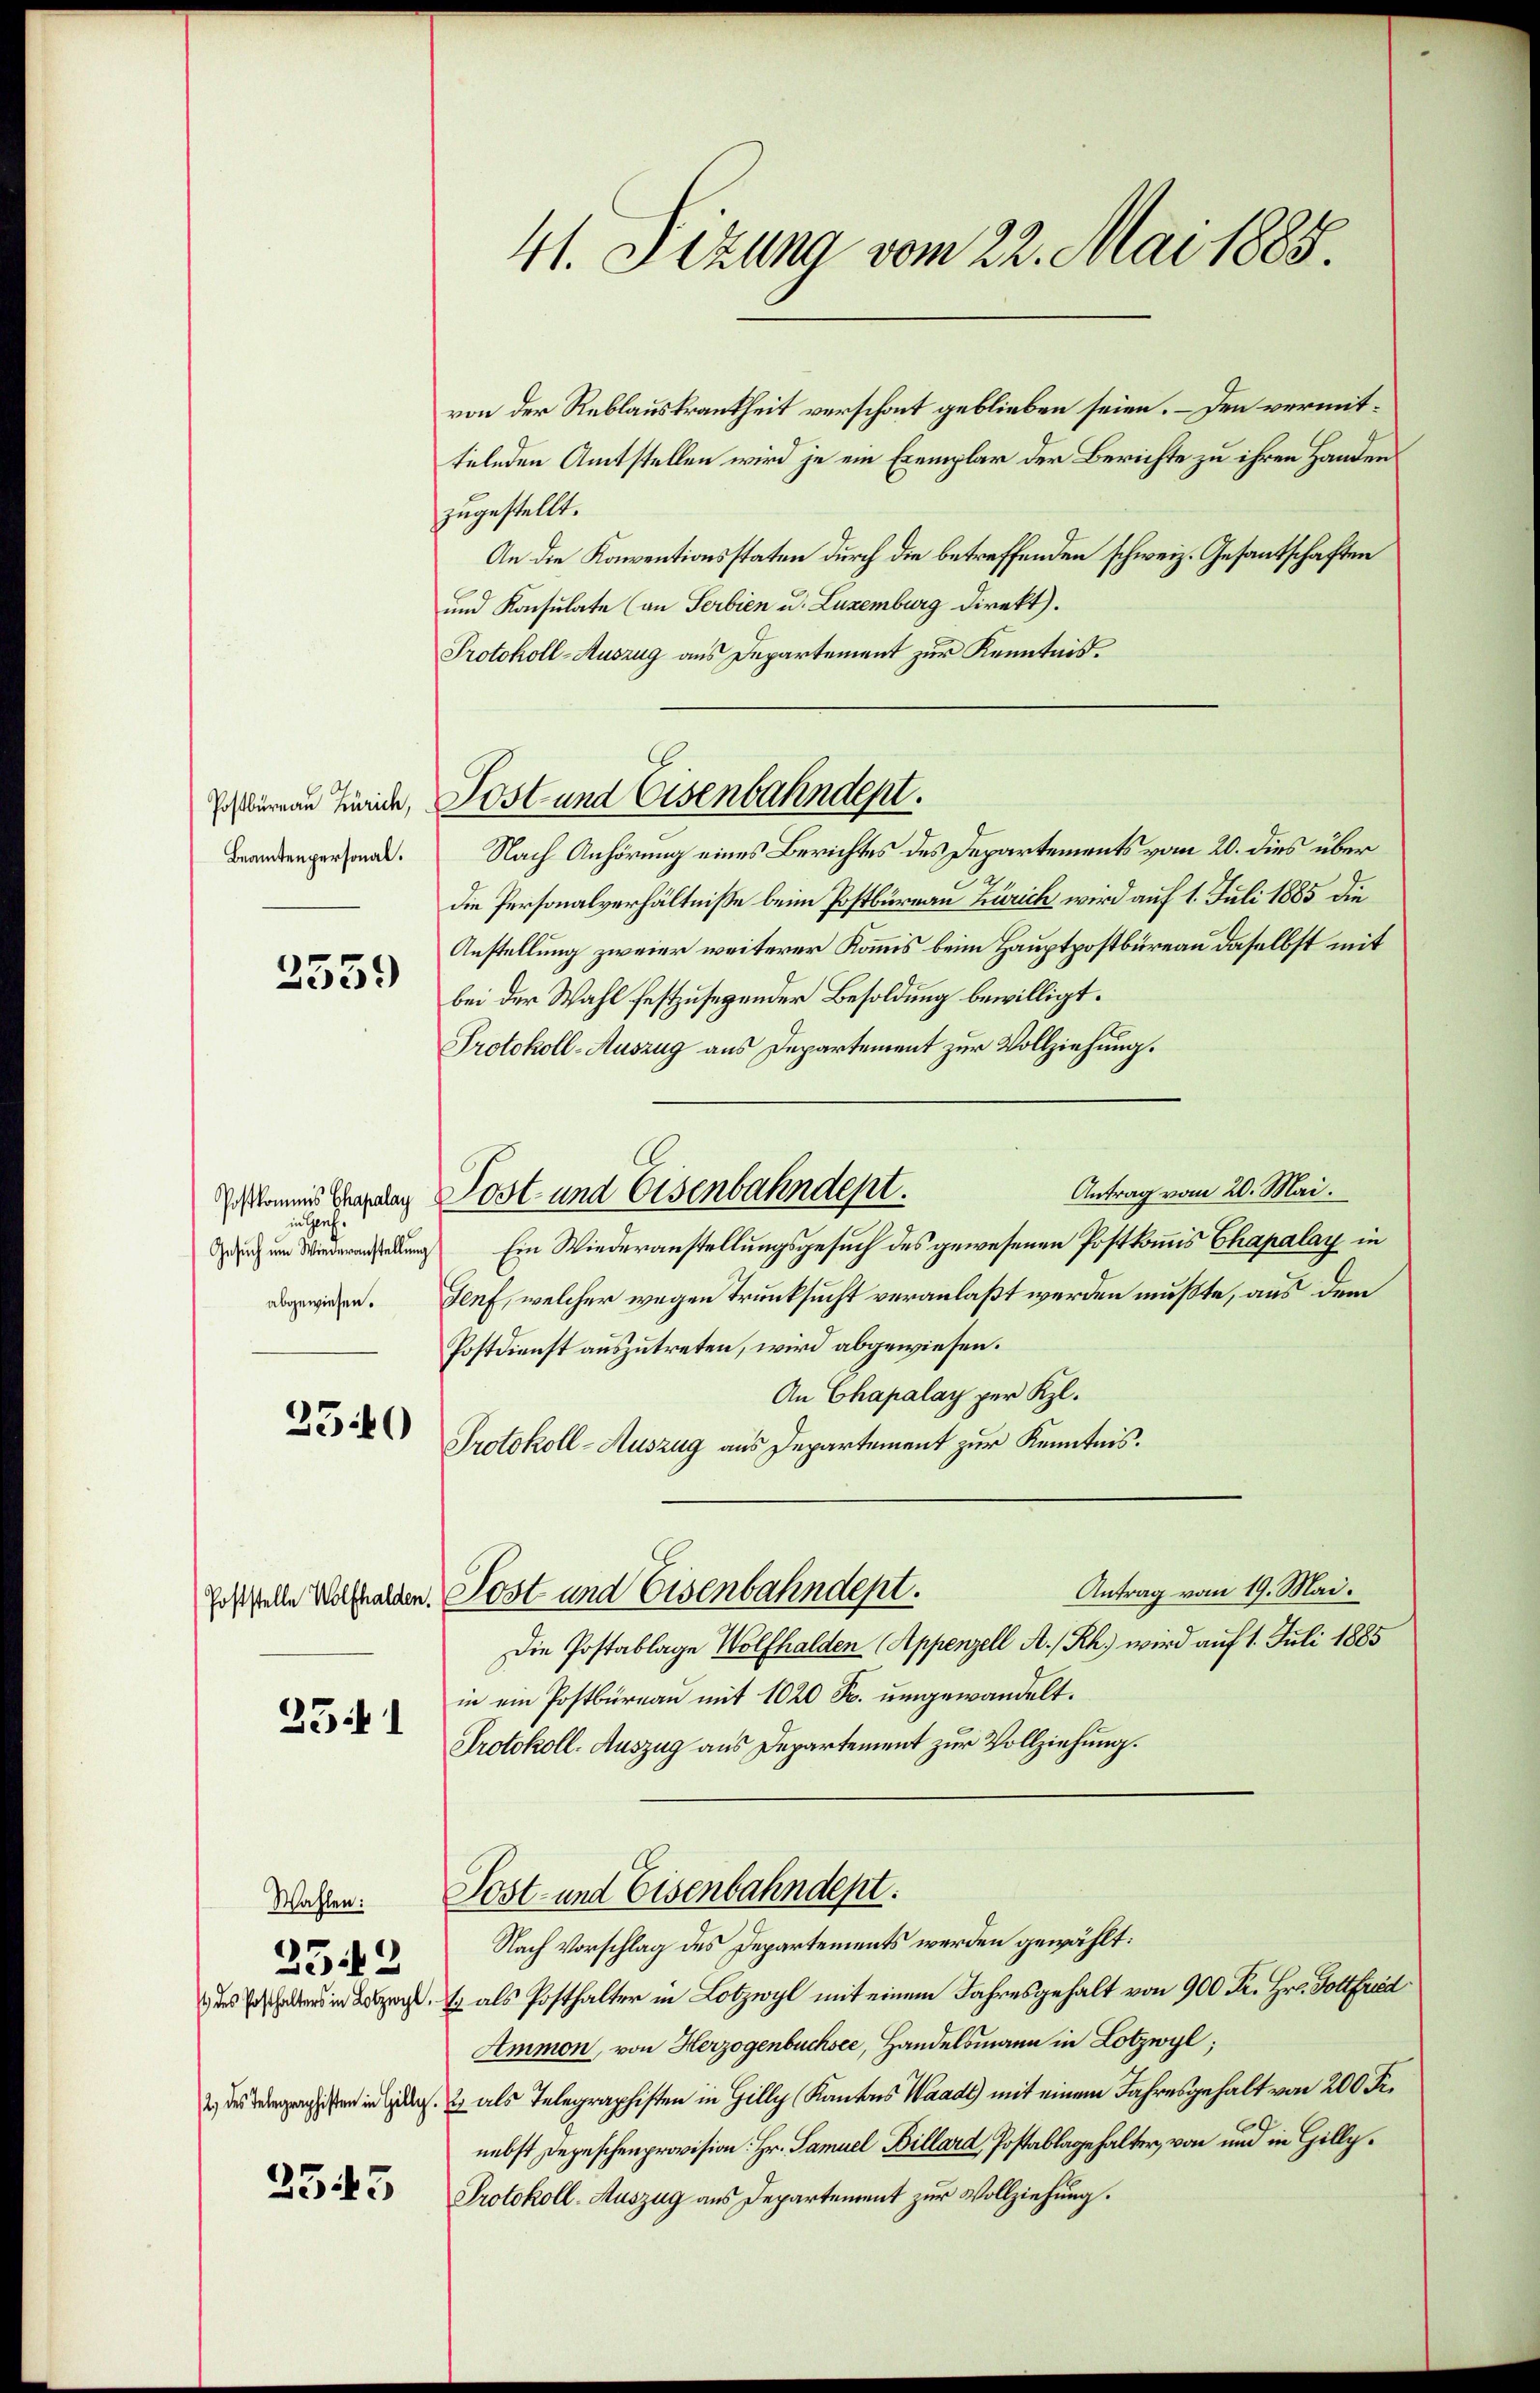
Postbüreau Zürich,
Beamtenpersonal.

2359

in Genf
Gesuch um Wiederanstellung

2540

2541

Wahlen:

2542

2545

41. Sizung vom 22. Mai 1885.

von der Reblauskrankheit verschont geblieben seien. – Den vermittelnden Amtstellen wird je ein Exemplar der Berichte zu ihren Handen
zugestellt.
An die Konventionsstaten durch die betreffenden schweiz. Gesantschaften
und Konsulate (an Serbien u. Luzemburg direkt).
Protokoll-Auszug aus Departement zur Kenntnis.
Nach Anhörung eines Berichtes des Departements vom 20. dies über
die Personalverhältnisse beim Postbureau Zürich wird auf 1. Juli 1885 die
Anstellung zweier weiterer Kommis beim Hauptpostbüreau daselbst mit
bei der Wahl festzusegender Besoldung bewilligt.
Protokoll-Auszug aus Departement zur Vollziehung.
Antrag vom 20. Mai.
chkammes Geplag Post- und Eisenbahndept.
Ein Wiederanstellungsgesuch des gewesenen Postkommis Chapalay in
abgewiesen. Genf, welcher wegen Trunksucht veranlaßt werden mußte, aus dem
Postdienst auszutreten, wird abgewiesen.
An Chapalay per Kl.
Protokoll-Auszug aus Departement zur Kenntnis.
Antrag vom 19. Mai.
gestelle Wolfhalden. Post und Eisenbahndept.
Die Postablage Wolfhalden (Appenzell A.-Rh. wird auf 1. Juli 1885
in ein Postbüreau mit 1020 Fr. umgewandelt.
Protokoll. Auszug aus Departement zur Vollziehung.

Post und Eisenbahndept.

Sost- und Eisenbahndept.
Nach Vorschlag des Departements werden gewählt:

i . . als Posthalter in Lotzwyl mit einem Jahresgehalt von 900 Fr. Hr. Gottfried
Ammon, von Herzogenbuchsee, Handelsmann in Lotzwyl;
 des Bergangen in Ges. 2 als Telegraphisten in Gilly, Kantons Waadt mit einem Jahresgehalt von 200 Fr.
nebst Depeschenprovision. Hr. Samuel Billard Postablagehalter, von und in Gilly.
Protokoll-Auszug aus Departement zur Vollziehung.